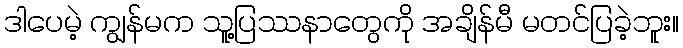
ဒါပေမဲ့ ကျွန်မက သူ့ပြဿနာတွေကို အချိန်မီ မတင်ပြခဲ့ဘူး။